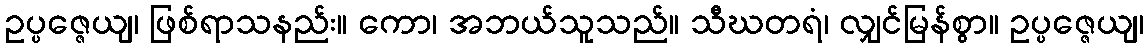
ဥပ္ပဇ္ဇေယျ၊ ဖြစ်ရာသနည်း။ ကော၊ အဘယ်သူသည်။ သီဃတရံ၊ လျှင်မြန်စွာ။ ဥပ္ပဇ္ဇေယျ၊